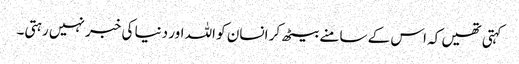
کہتی تھیں کہ اس کے سامنے بیٹھ کر انسان کو اللہ اور دنیا کی خبر نہیں رہتی۔